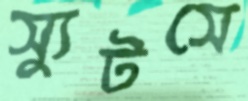
স্যুটসে